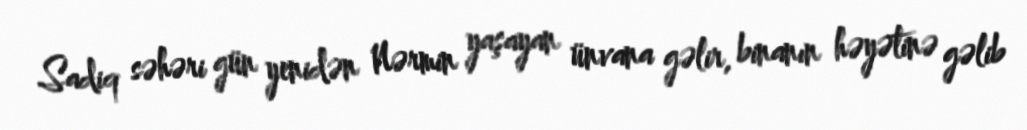
Sadiq səhəri gün yenidən Nərmin yaşayan ünvana gəlir, binanın həyətinə gəlib